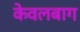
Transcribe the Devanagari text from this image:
केवलबाग